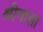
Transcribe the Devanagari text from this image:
श्रीनाला